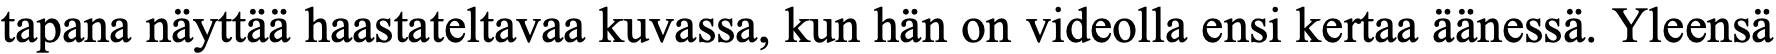
tapana näyttää haastateltavaa kuvassa, kun hän on videolla ensi kertaa äänessä. Yleensä